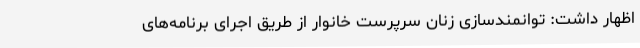
اظهار داشت: توانمندسازی زنان سرپرست خانوار از طریق اجرای برنامه‌های